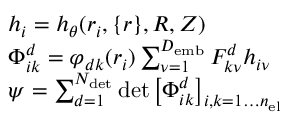
\begin{array} { r l } & { { \boldsymbol { h } } _ { i } = h _ { \theta } ( { \boldsymbol { r } } _ { i } , \lbrace { \boldsymbol { r } } \rbrace , { \boldsymbol { R } } , { \boldsymbol { Z } } ) } \\ & { \Phi _ { i k } ^ { d } = \varphi _ { d k } ( { \boldsymbol { r } } _ { i } ) \sum _ { \nu = 1 } ^ { D _ { \mathrm { e m b } } } F _ { k \nu } ^ { d } h _ { i \nu } } \\ & { \psi = \sum _ { d = 1 } ^ { N _ { \mathrm { d e t } } } \operatorname* { d e t } \left[ \Phi _ { i k } ^ { d } \right] _ { i , k = 1 \dots { n _ { \mathrm { e l } } } } } \end{array}